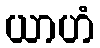
ယာဟံ